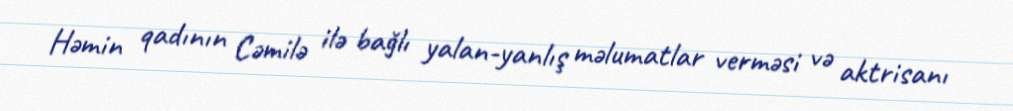
Həmin qadının Cəmilə ilə bağlı yalan-yanlış məlumatlar verməsi və aktrisanı